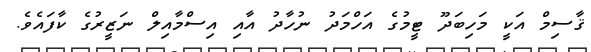
ޤާސިމް އަކީ މަހިބަދޫ ޓީމުގެ އަހްމަދު ނުހާދު އާއި އިސްމާއިލް ނަޒީރުގެ ކާފައެވެ.